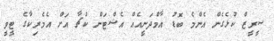
ސީރީޒް ކުޅެގެން އެންމެ ބޮޑު އާމްދަނީއެއް އެޝްޓަން ކުޗާ އަށް އެމެރިކާގެ ޓީވީ